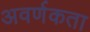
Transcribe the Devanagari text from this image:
अवर्णकता